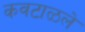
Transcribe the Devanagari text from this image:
कवटाळले